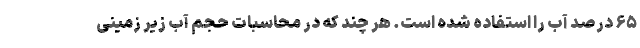
۶۵ درصد آب را استفاده شده است. هر چند که در محاسبات حجم آب زیر زمینی